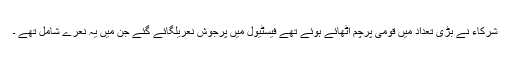
شرکاء نے بڑی تعداد میں قومی پرچم اٹھائے ہوئے تھے فیسٹیول میں پرجوش نعریلگائے گئے جن میں یہ نعرے شامل تھے ۔